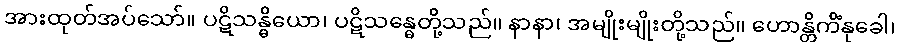
အားထုတ်အပ်သော်။ ပဋိသန္ဓိယော၊ ပဋိသန္ဓေတို့သည်။ နာနာ၊ အမျိုးမျိုးတို့သည်။ ဟောန္တိကိံနုခေါ၊